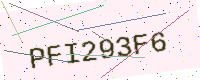
Text: PFI293F6